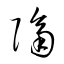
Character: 隔